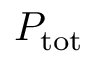
P _ { \mathrm { { t o t } } }